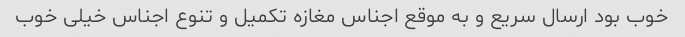
خوب بود ارسال سریع و به موقع اجناس مغازه تکمیل و تنوع اجناس خیلی خوب